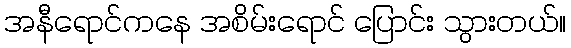
အနီရောင်ကနေ အစိမ်းရောင် ပြောင်း သွားတယ်။